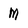
Character: M